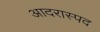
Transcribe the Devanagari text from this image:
आदरास्पद